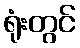
ရုံးတွင်